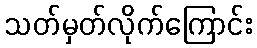
သတ်မှတ်လိုက်ကြောင်း